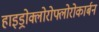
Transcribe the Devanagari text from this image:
हाइड्रोक्लोरोफ्लोरोकार्बन